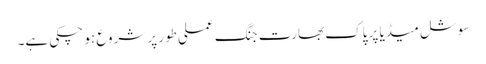
سوشل میڈیا پر پاک بھارت جنگ عملی طور پر شروع ہو چکی ہے۔